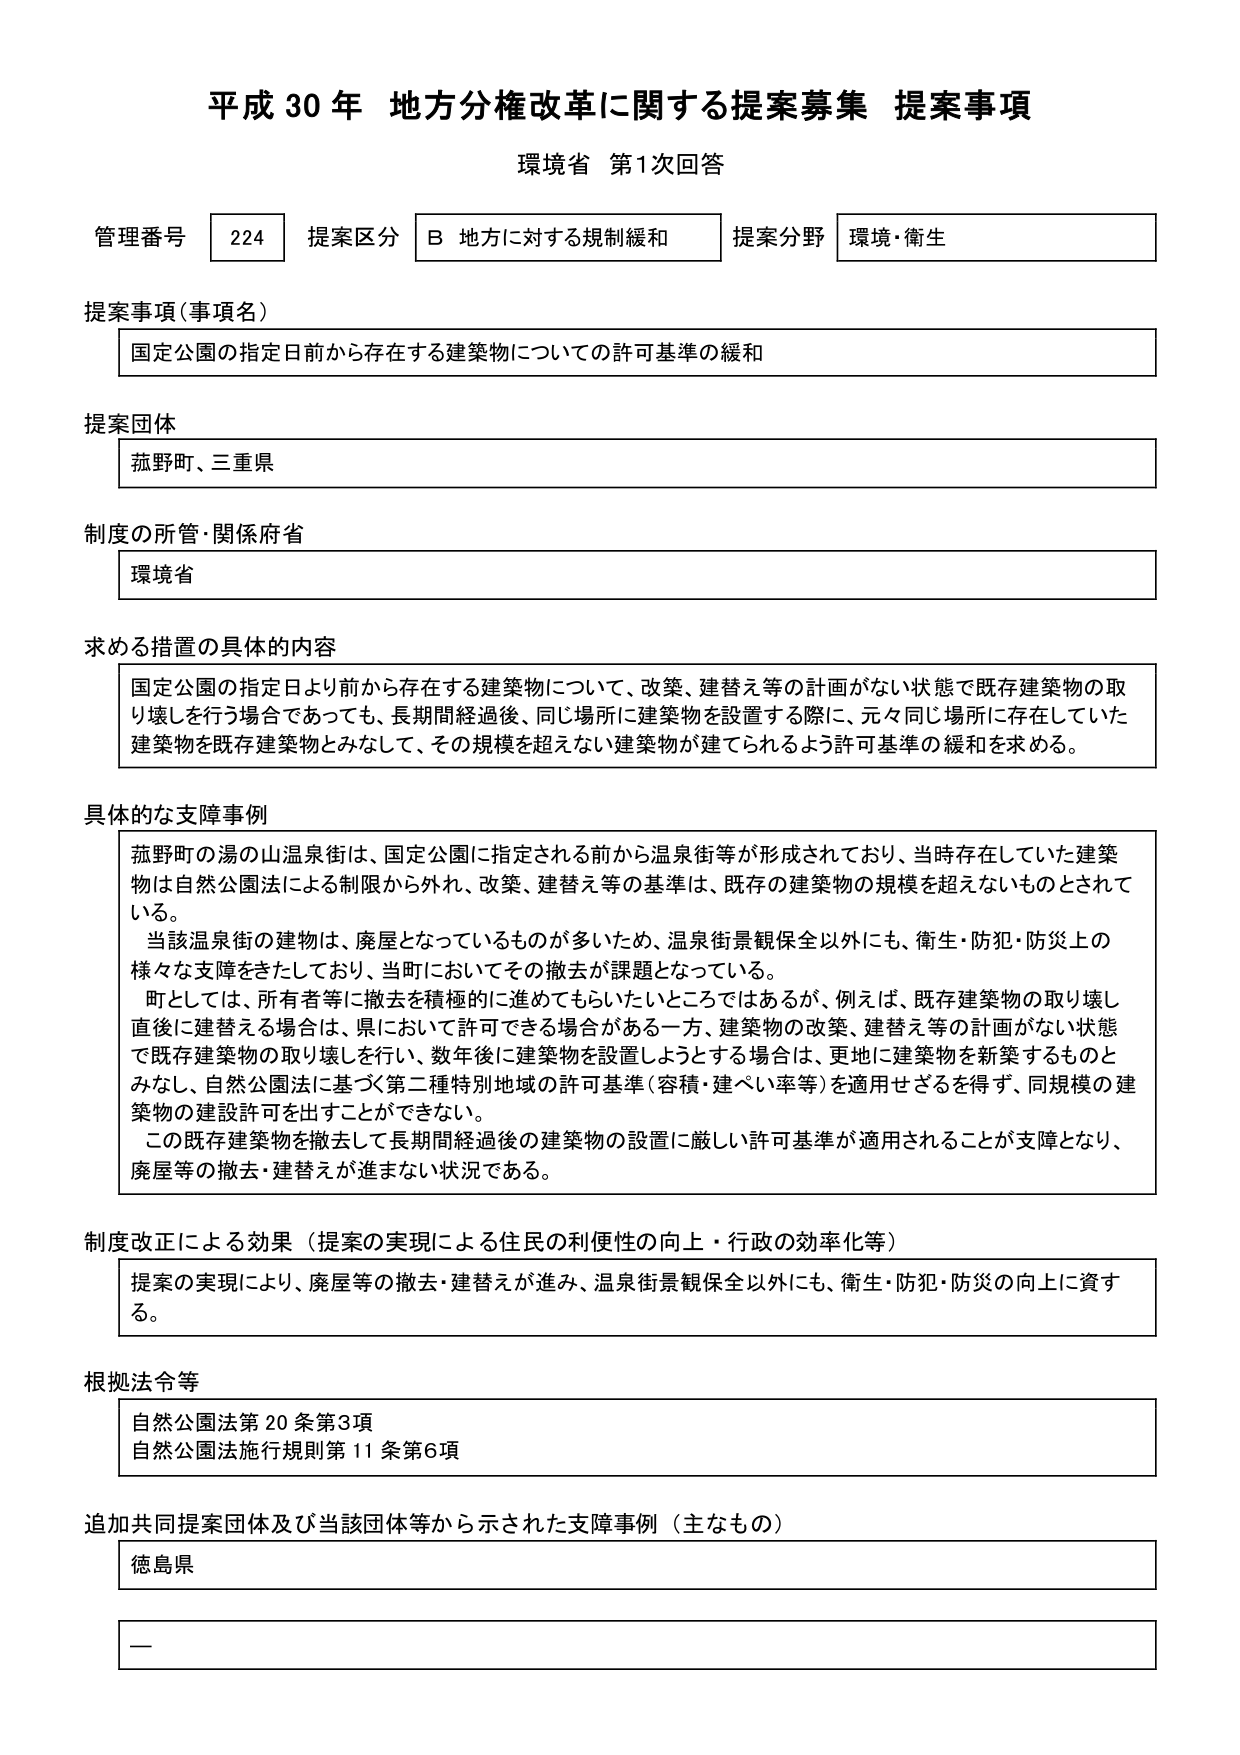
平成30年 地方分権改革に関する提案募集 提案事項
環境省 第1次回答

管理番号 224 提案区分 B 地方に対する規制緩和 提案分野 環境・衛生

提案事項（事項名）
国定公園の指定日前から存在する建築物についての許可基準の緩和

提案団体
菰野町、三重県

制度の所管・関係府省
環境省

求める措置の具体的内容
国定公園の指定日より前から存在する建築物について、改築、建替え等の計画がない状態で既存建築物の取り壊しを行う場合であっても、長期間経過後、同じ場所に建築物を設置する際に、元々同じ場所に存在していた建築物を既存建築物とみなして、その規模を超えない建築物が建てられるよう許可基準の緩和を求める。

具体的な支障事例
菰野町の湯の山温泉街は、国定公園に指定される前から温泉街等が形成されており、当時存在していた建築物は自然公園法による制限から外れ、改築、建替え等の基準は、既存の建築物の規模を超えないものとされている。
当該温泉街の建物は、廃屋となっているものが多いため、温泉街景観保全以外にも、衛生・防犯・防災上の様々な支障をきたしており、当町においてその撤去が課題となっている。
町としては、所有者等に撤去を積極的に進めてもらいたいところではあるが、例えば、既存建築物の取り壊し直後に建替える場合は、県において許可できる場合がある一方、建築物の改築、建替え等の計画がない状態で既存建築物の取り壊しを行い、数年後に建築物を設置しようとする場合は、更地に建築物を新築するものとみなし、自然公園法に基づく第二種特別地域の許可基準（容積・建ぺい率等）を適用せざるを得ず、同規模の建築物の建設許可を出すことができない。
この既存建築物を撤去して長期間経過後の建築物の設置に厳しい許可基準が適用されることが支障となり、廃屋等の撤去・建替えが進まない状況である。

制度改正による効果（提案の実現による住民の利便性の向上・行政の効率化等）
提案の実現により、廃屋等の撤去・建替えが進み、温泉街景観保全以外にも、衛生・防犯・防災の向上に資する。

根拠法令等
自然公園法第20条第3項
自然公園法施行規則第11条第6項

追加共同提案団体及び当該団体等から示された支障事例（主なもの）
徳島県
—